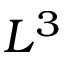
L ^ { 3 }